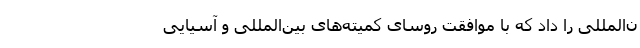
ن‌المللی را داد که با موافقت روسای کمیته‌های بین‌المللی و آسیایی